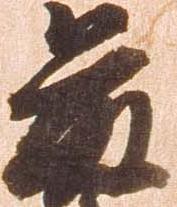
藤